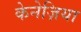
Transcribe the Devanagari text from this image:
केनेज़िया